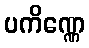
ပကိဏ္ဏေ